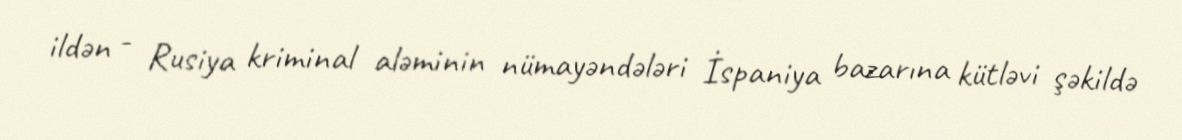
ildən - Rusiya kriminal aləminin nümayəndələri İspaniya bazarına kütləvi şəkildə